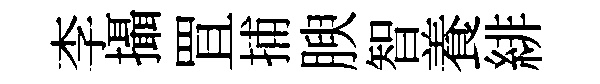
李攝罝捕腴智養緋